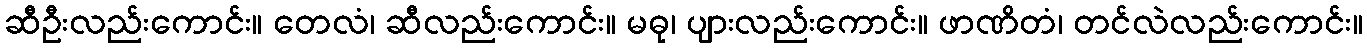
ဆီဦးလည်းကောင်း။ တေလံ၊ ဆီလည်းကောင်း။ မဓု၊ ပျားလည်းကောင်း။ ဖာဏိတံ၊ တင်လဲလည်းကောင်း။